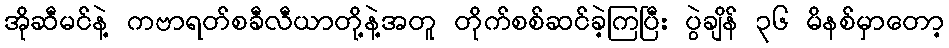
အိုဆီမင်နဲ့ ကဗာရတ်စခီလီယာတို့နဲ့အတူ တိုက်စစ်ဆင်ခဲ့ကြပြီး ပွဲချိန် ၃၆ မိနစ်မှာတော့